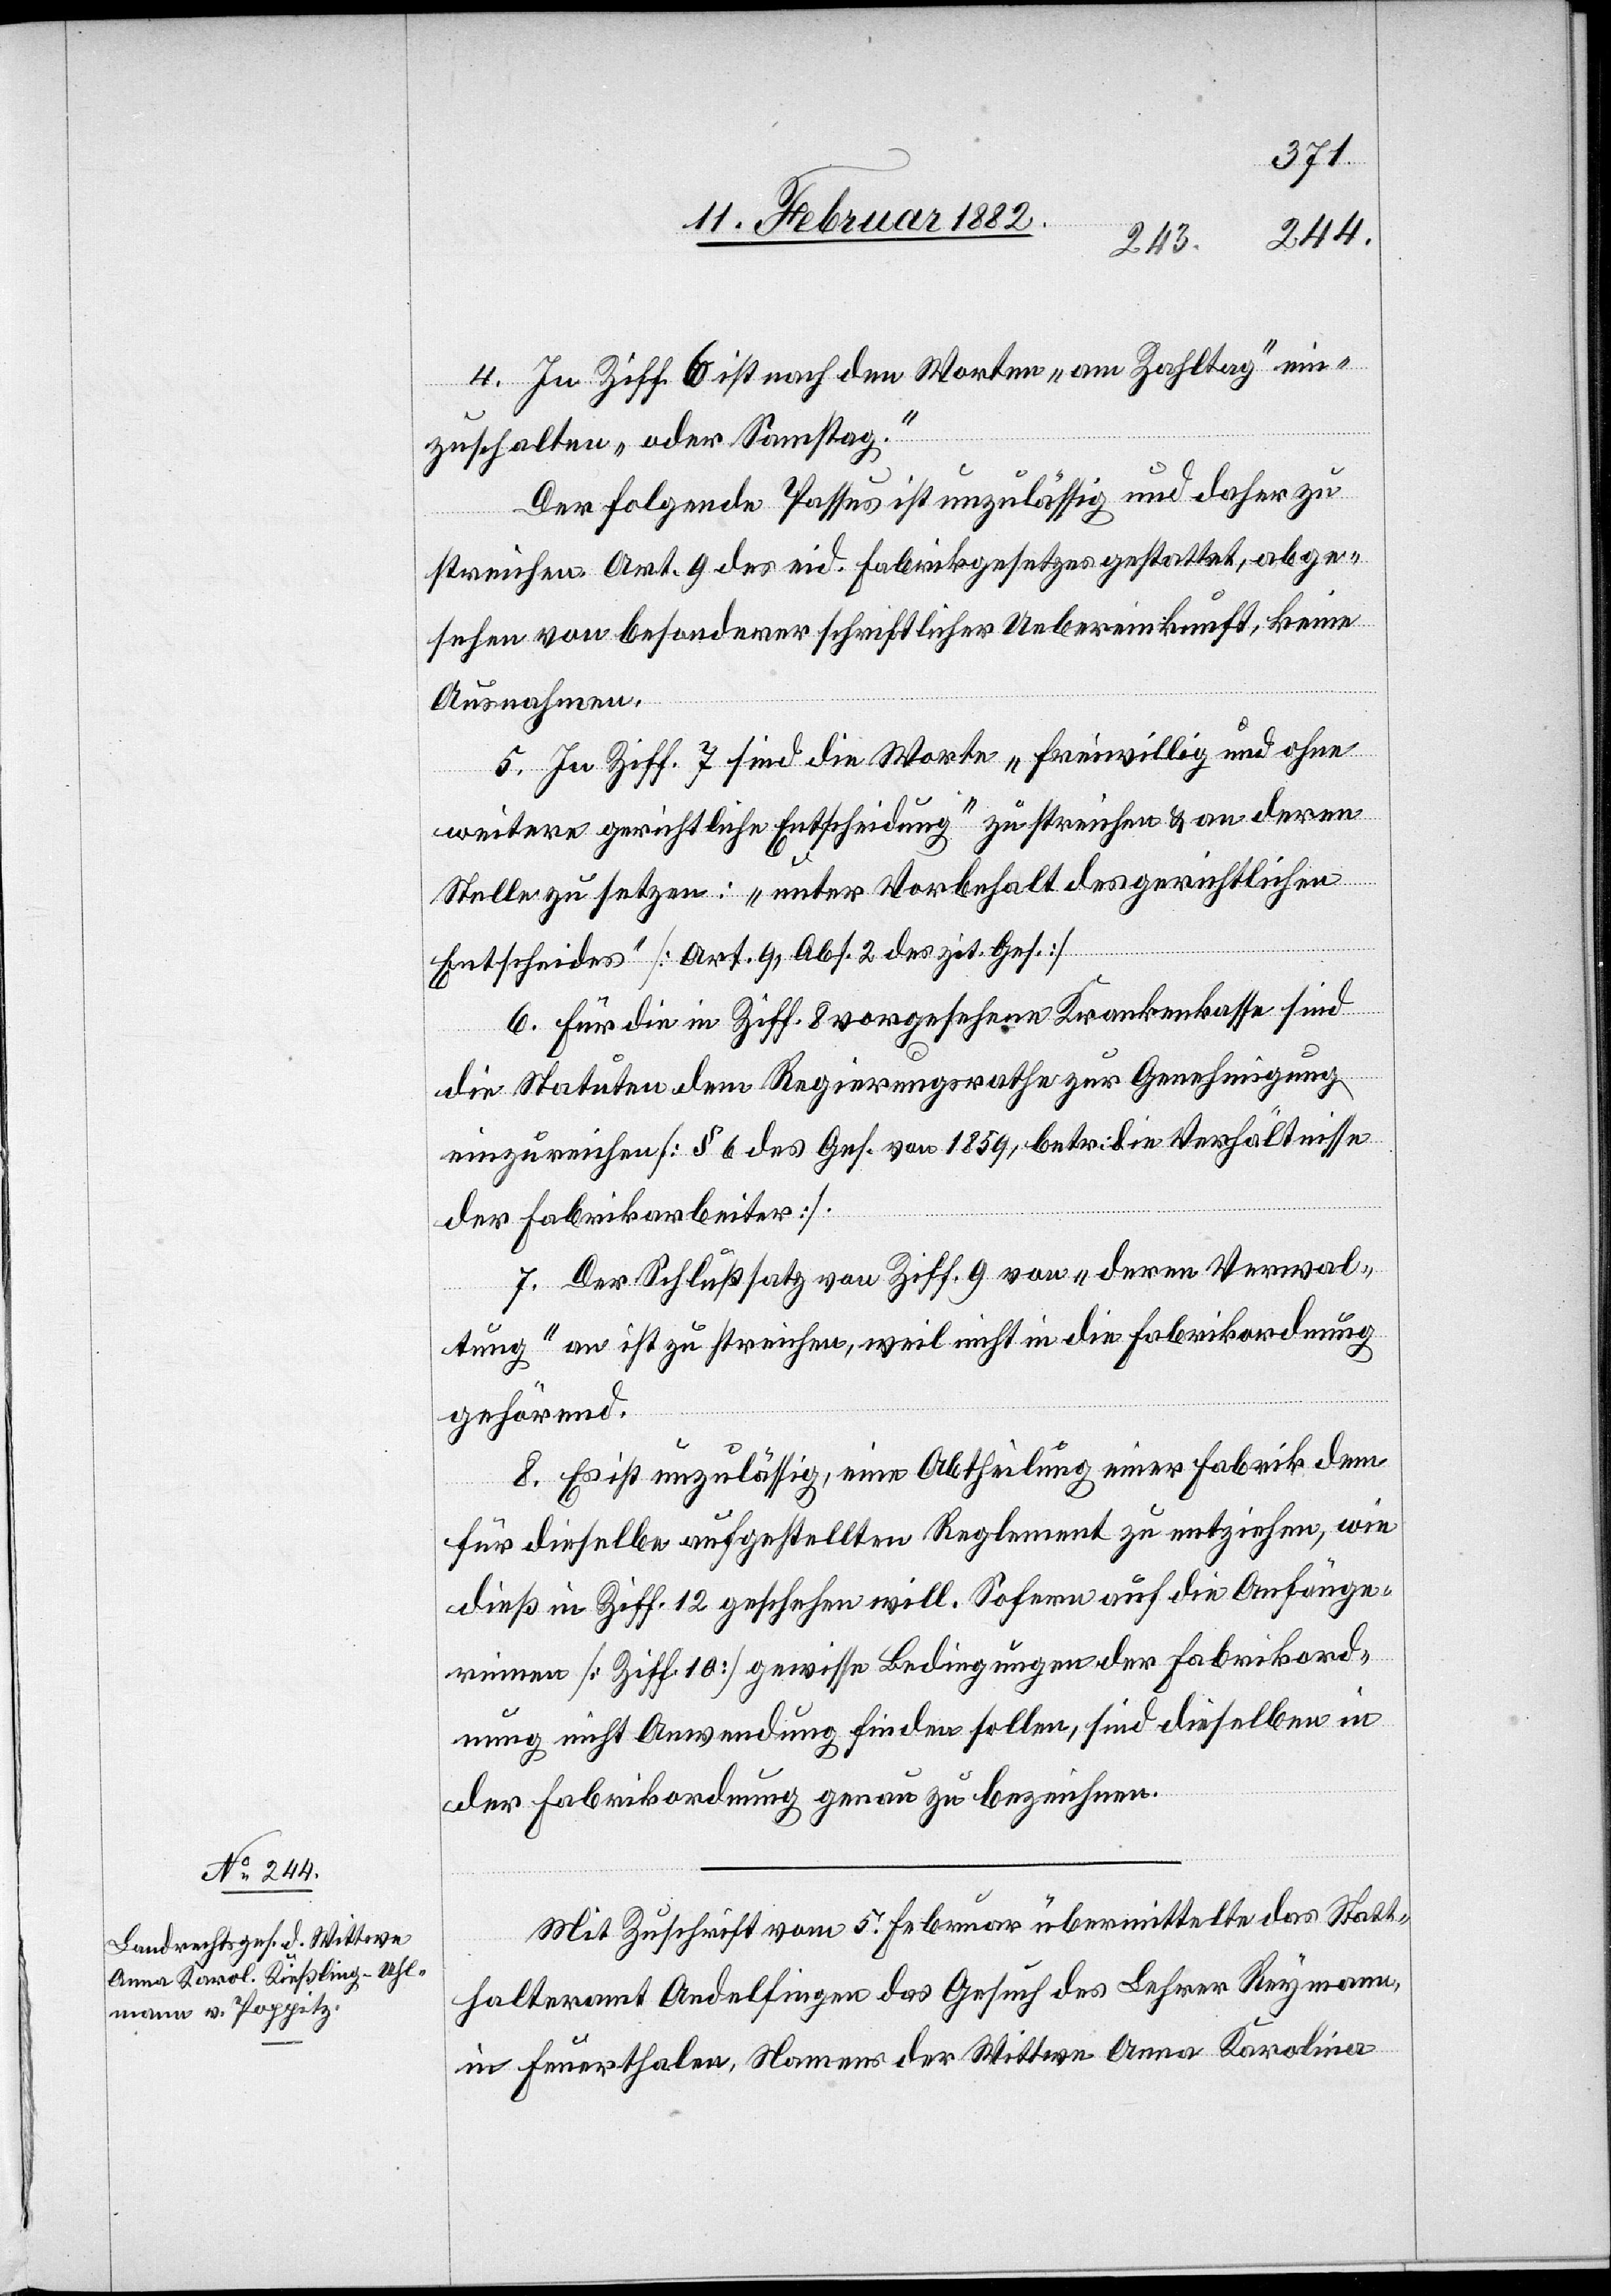
4. In Ziff. 6 ist nach den Worten „am Zahltag“ ein¬
zuschalten „ oder Samstag“.
Der folgende Passus ist unzulässig und daher zu
streichen. Art. 9 des eid. Fabrikgesetzes gestattet, abge¬
sehen von besonderer schriftlicher Uebereinkunft, keine
Ausnahmen.
5. In Ziff. 7 sind die Worte „freiwillig und ohne
weitere gerichtliche Entscheidung“ zu streichen & an deren
Stelle zu setzen: „unter Vorbehalt des gerichtlichen
Entscheides“ [Art. 9, Abs. 2 des zit. Ges.]
6. Für die in Ziff. 8 vorgesehene Krankenkasse sind
die Statuten dem Regierungsrathe zur Genehmigung
einzureichen [§ 6 des Ges. von 1859, betr. die Verhältnisse
der Fabrikarbeiter].
7. Der Schlußsatz von Ziff. 9 von „deren Verwal¬
tung“ an ist zu streichen, weil nicht in die Fabrikordnung
gehörend.
8. Es ist unzulässig, eine Abtheilung einer Fabrik dem
für dieselbe aufgestellten Reglemente zu entziehen, wie
dieß in Ziff. 12 geschehen will. Sofern auf die Anfänge¬
rinnen [Ziff. 10] gewisse Bedingungen der Fabrikord¬
nung nicht Anwendung finden sollen, sind dieselben
der Fabrikordnung genau zu bezeichnen.
Mit Zuschrift vom 5. Februar übermittelte das Statt¬
halteramt Andelfingen das Gesuch des Lehrer Reymann,
in Feuerthalen, Namens der Wittwe Anna Karolina